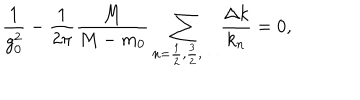
\frac { 1 } { g _ { 0 } ^ { 2 } } - \frac { 1 } { 2 \pi } \frac { M } { M - m _ { 0 } } \sum _ { n = \frac 1 2 , \frac 3 2 , \cdots } \frac { \Delta k } { k _ { n } } = 0 ,